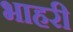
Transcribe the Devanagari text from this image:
भाहरी